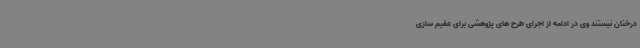
درختان نیستند وی در ادامه از اجرای طرح های پژوهشی برای عقیم سازی